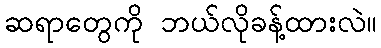
ဆရာတွေကို ဘယ်လိုခန့်ထားလဲ။